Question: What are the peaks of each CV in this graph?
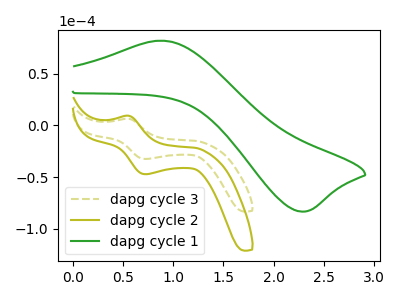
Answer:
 <answer>The olive dashed curve "dapg cycle 3" has an anodic peak at (0.55V, 6.50uA) and a cathodic peak at (0.70V, -32.50uA). The olive curve "dapg cycle 2" has an anodic peak at (0.55V, 9.45uA) and a cathodic peak at (0.70V, -47.25uA). The green curve "dapg cycle 1" has an anodic peak at (0.85V, 82.10uA) and a cathodic peak at (2.25V, -83.50uA).</answer>
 <eval></eval>